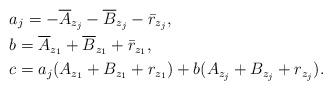
LaTeX: \begin{align*}\begin{aligned}& a_j = - \overline{A}_{z_j} - \overline{B}_{z_j} - \bar{r}_{z_j} , \\& b = \overline{A}_{z_1} + \overline{B}_{z_1} + \bar{r}_{z_1} , \\& c = a_j (A_{z_1} + B_{z_1} + r_{z_1}) + b (A_{z_j} + B_{z_j} + r_{z_j}) .\end{aligned}\end{align*}